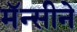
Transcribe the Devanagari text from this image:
मॅन्सीने